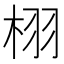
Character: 栩